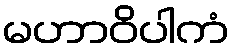
မဟာဝိပါကံ